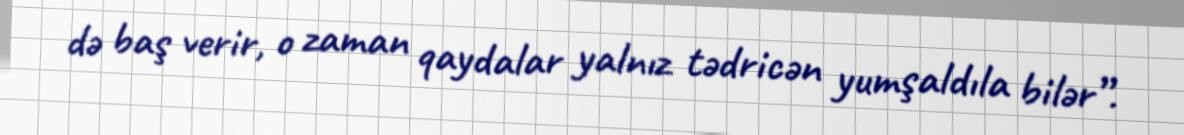
də baş verir, o zaman qaydalar yalnız tədricən yumşaldıla bilər”.